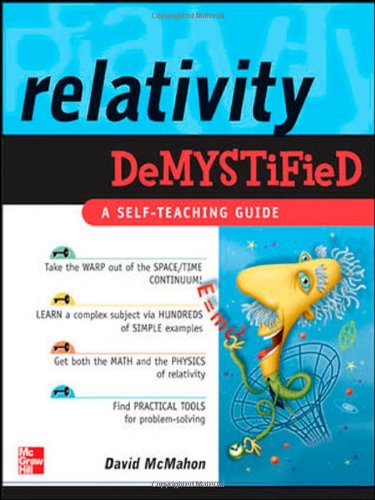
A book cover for Relativity Demystified; David  McMahon; Science & Math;